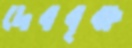
দেববৃক্ষ